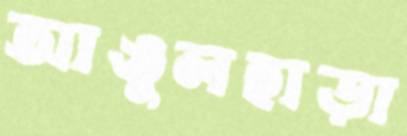
আঙুলহাড়া